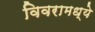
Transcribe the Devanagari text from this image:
विवरामध्ये